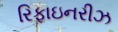
રિફાઇનરીઝ